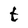
Character: t